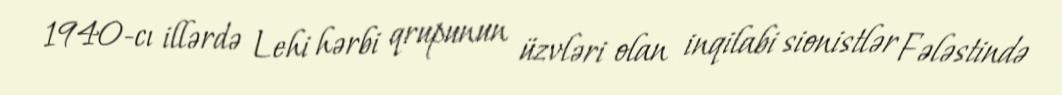
1940-cı illərdə Lehi hərbi qrupunun üzvləri olan inqilabi sionistlər Fələstində